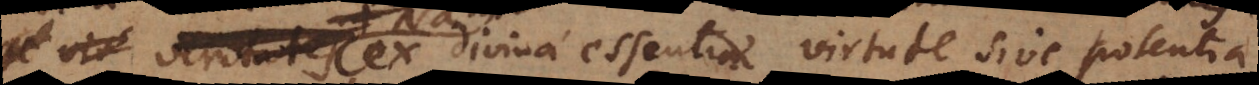
ascribatur. Nam ex divinae essentiae virtute sive potentia